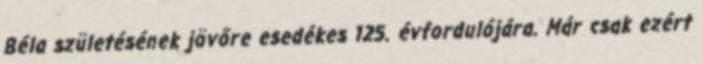
Béla születésének jövőre esedékes 125. évfordulójára. Már csak ezért